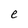
Character: e